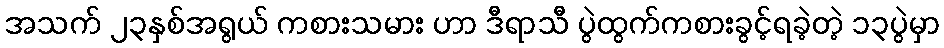
အသက် ၂၃နှစ်အရွယ် ကစားသမား ဟာ ဒီရာသီ ပွဲထွက်ကစားခွင့်ရခဲ့တဲ့ ၁၃ပွဲမှာ